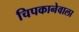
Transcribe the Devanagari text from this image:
चिपकानेवाला